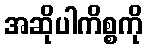
အဆိုပါကိစ္စကို